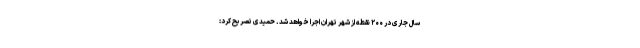
سال جاری در ۲۰۰ نقطه از شهر تهران اجرا خواهد شد. حمیدی تصریح کرد: